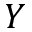
Y